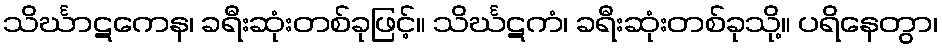
သိင်္ဃာဋကေန၊ ခရီးဆုံးတစ်ခုဖြင့်။ သိင်္ဃဋကံ၊ ခရီးဆုံးတစ်ခုသို့။ ပရိနေတွာ၊